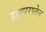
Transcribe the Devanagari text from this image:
हाइपरप्लेन